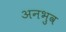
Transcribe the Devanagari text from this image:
अनभुव